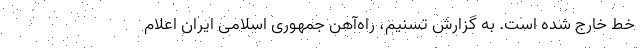
خط خارج شده است. به گزارش تسنیم، راه‌آهن جمهوری اسلامی ایران اعلام